Vaccination in Bombay 1869-1873 - 1869-1873
Year: 1869
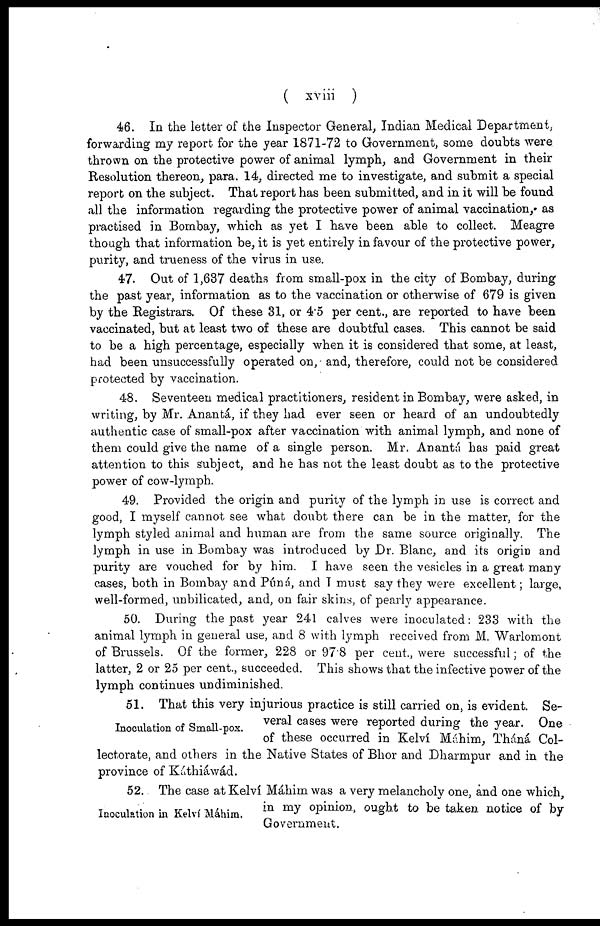
( xviii )
46. In the letter of the Inspector General, Indian Medical Department,
forwarding my report for the year 1871-72 to Government, some doubts were
thrown on the protective power of animal lymph, and Government in their
Resolution thereon, para. 14, directed me to investigate, and submit a special
report on the subject. That report has been submitted, and in it will be found
all the information regarding the protective power of animal vaccination./ as
practised in Bombay, which as yet I have been able to collect. Meagre
though that information be, it is yet entirely in favour of the protective power,
purity, and trueness of the virus in use.
47. Out of 1,637 deaths from small-pox in the city of Bombay, during
the past year, information as to the vaccination or otherwise of 679 is given
by the Registrars. Of these 31, or 4.5 per cent., are reported to have been
vaccinated, but at least two of these are doubtful cases. This cannot be said
to be a high percentage, especially when it is considered that some, at least,
had been unsuccessfully operated on, and, therefore, could not be considered
protected by vaccination.
48. Seventeen medical practitioners, resident in Bombay, were asked, in
writing, by Mr. Anantá, if they had ever seen or heard of an undoubtedly
authentic case of small-pox after vaccination with animal lymph, and none of
them could give the name of a single person. Mr. Anantá has paid great
attention to this subject, and he has not the least doubt as to the protective
power of cow-lymph.
49. Provided the origin and purity of the lymph in use is correct and
good, I myself cannot see what doubt there can be in the matter, for the
lymph styled animal and human are from the same source originally. The
lymph in use in Bombay was introduced by Dr. Blanc, and its origin and
purity are vouched for by him. I have seen the vesicles in a great many
cases, both in Bombay and Púná, and I must say they were excellent; large,
well-formed, unbilicated, and, on fair skins, of pearly appearance.
50. During the past year 241 calves were inoculated: 233 with the
animal lymph in general use, and 8 with lymph received from M. Warlomont
of Brussels. Of the former, 228 or 97.8 per cent., were successful; of the
latter, 2 or 25 per cent., succeeded. This shows that the infective power of the
lymph continues undiminished.
Inoculation of Small-pox.
51. That this very injurious practice is still carried on, is evident. Se-
veral cases were reported during the year. One
of these occurred in Kelví Máhim, Tháná Col¬
lectorate, and others in the Native States of Bhor and Dharmpur and in the
province of Káthiáwád.
Inoculation in Kelví Máhim.
52. The case at Kelví Máhim was a very melancholy one, and one which,
in my opinion, ought to be taken notice of by
Government.